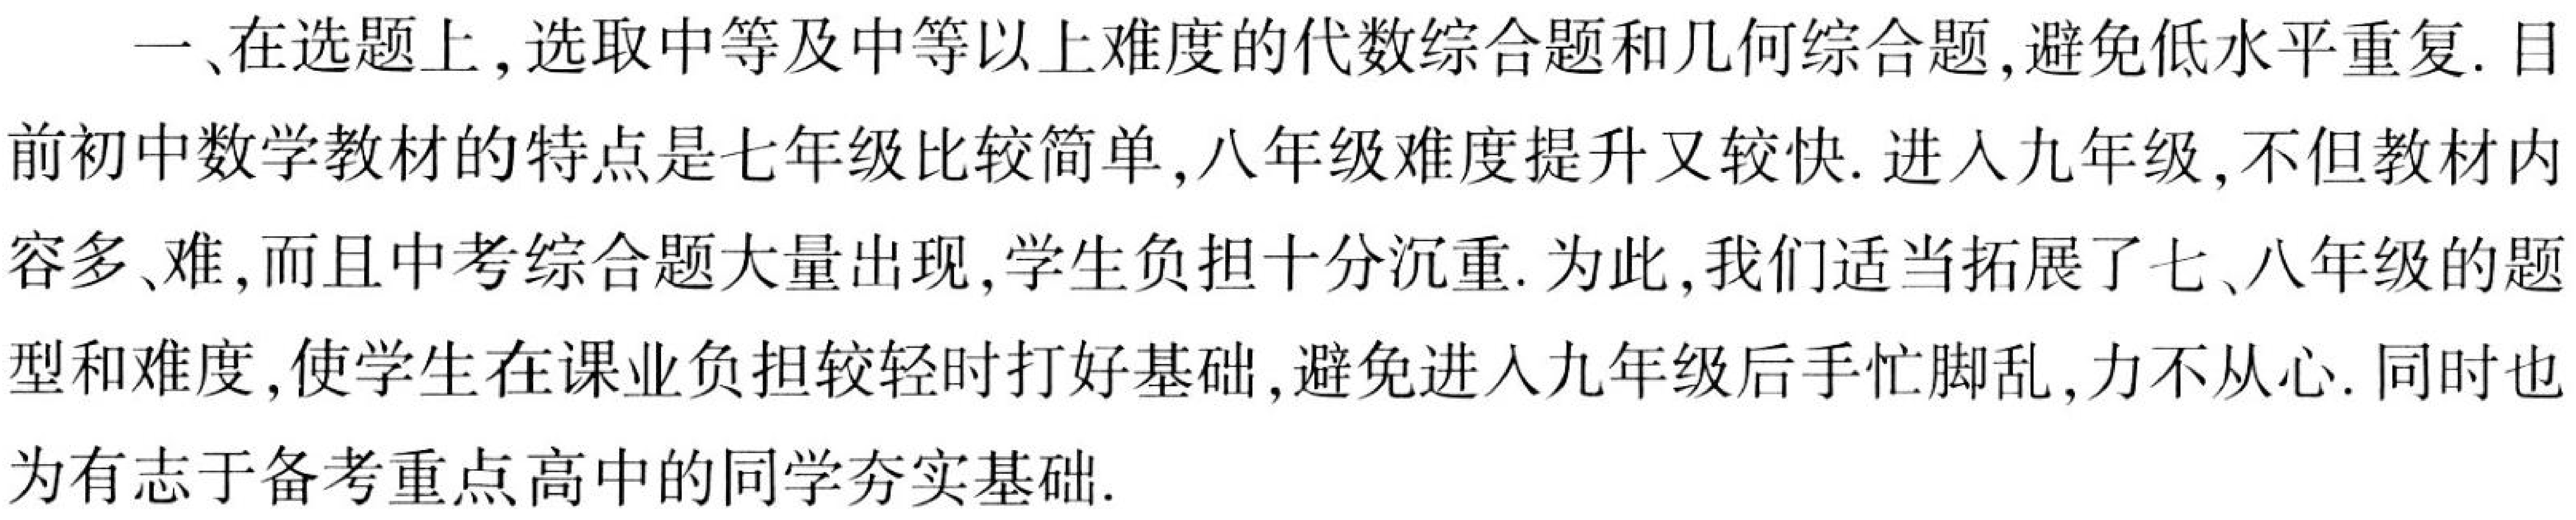
一、在选题上，选取中等及中等以上难度的代数综合题和几何综合题，避免低水平重复. 目前初中数学教材的特点是七年级比较简单，八年级难度提升又较快. 进入九年级，不但教材内容多、难，而且中考综合题大量出现，学生负担十分沉重. 为此，我们适当拓展了七、八年级的题型和难度，使学生在课业负担较轻时打好基础，避免进入九年级后手忙脚乱，力不从心. 同时也为有志于备考重点高中的同学夯实基础.